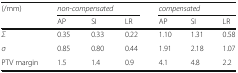
<table><thead><tr><td><b>(/mm)</b></td><td colspan="3"><b><i>non-compensated</i></b></td><td colspan="3"><b><i>compensated</i></b></td></tr><tr><td></td><td><b>AP</b></td><td><b>SI</b></td><td><b>LR</b></td><td><b>AP</b></td><td><b>SI</b></td><td><b>LR</b></td></tr></thead><tbody><tr><td><i>Σ</i></td><td>0.35</td><td>0.33</td><td>0.22</td><td>1.10</td><td>1.31</td><td>0.58</td></tr><tr><td><i>σ</i></td><td>0.85</td><td>0.80</td><td>0.44</td><td>1.91</td><td>2.18</td><td>1.07</td></tr><tr><td>PTV margin</td><td>1.5</td><td>1.4</td><td>0.9</td><td>4.1</td><td>4.8</td><td>2.2</td></tr></tbody></table>